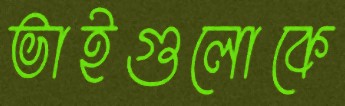
ভাইগুলোকে